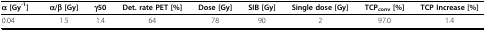
<table><thead><tr><td><b>α [Gy<sup>-1</sup>]</b></td><td><b>α/β [Gy]</b></td><td><b>γ50</b></td><td><b>Det. rate PET [%]</b></td><td><b>Dose [Gy]</b></td><td><b>SIB [Gy]</b></td><td><b>Single dose [Gy]</b></td><td><b>TCP<sub>conv </sub>[%]</b></td><td><b>TCP Increase [%]</b></td></tr></thead><tbody><tr><td>0.04</td><td>1.5</td><td>1.4</td><td>64</td><td>78</td><td>90</td><td>2</td><td>97.0</td><td>1.4</td></tr></tbody></table>